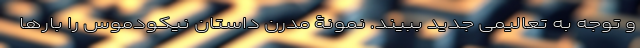
و توجه به تعالیمی جدید ببیند. نمونۀ مدرن داستان نیکودموس را بارها